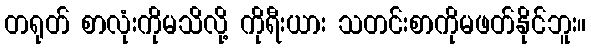
တရုတ် စာလုံးကိုမသိလို့ ကိုရီးယား သတင်းစာကိုမဖတ်နိုင်ဘူး။